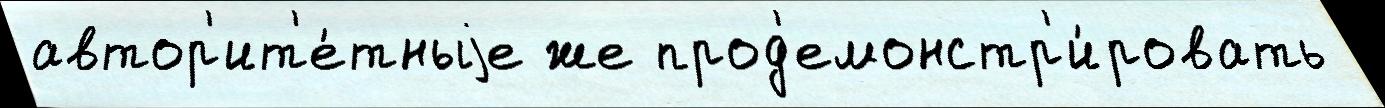
автор'ит'е́тныjе же прод'емонстр'и́ровать